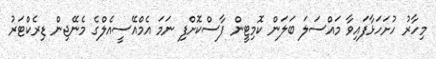
މިހާރު ހުށަހަޅާފައިވާ މައްސަލަ ބަލަން ކޮމިޓީން ފާސްކޮށްފި ނަމަ އެމްއޭސީއެލްގެ މެނޭޖިން ޑިރެކްޓަރު